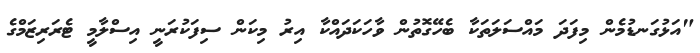
"އަޅުގަނޑުމެން މިފަދަ މައްސަލަތަކާ ބެހޭގޮތުން ވާހަކަދައްކާ އިރު މިކަން ސިފަކުރަނީ އިސްލާމީ ޓެރަރިޒަމްގެ